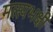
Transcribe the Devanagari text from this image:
मत्स्यभक्षी